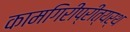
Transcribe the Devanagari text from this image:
कामगिरीप्रीत्यर्थ